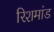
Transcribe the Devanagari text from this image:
रिशमांड